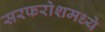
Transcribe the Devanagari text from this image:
सरफरोशमध्ये